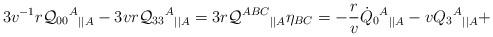
LaTeX: \begin{align*}3v^{-1}r{\cal Q}_{00}{^A}{_{||A}}-3vr {\cal Q}_{33}{^A}{_{||A}} =3r{\cal Q}^{ABC}{_{||A}}\eta_{BC}= -\frac rv \dot{Q}_{0}{^A}{_{||A}} - v Q_{3}{^A}{_{||A}} +\end{align*}